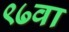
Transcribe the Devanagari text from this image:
९७वा